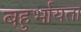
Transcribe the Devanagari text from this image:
बहुर्भायता